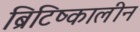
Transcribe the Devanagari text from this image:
ब्रिटिष्कालीन